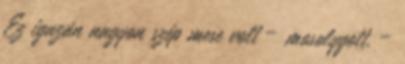
Ez igazán nagyon szép mese volt – mosolygott. –